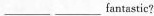
___ ___ fantastic?